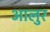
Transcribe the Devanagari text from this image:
आलुर